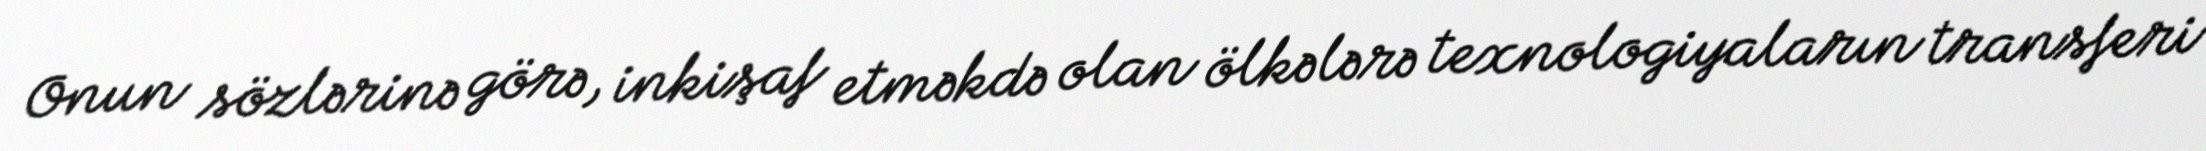
Onun sözlərinə görə, inkişaf etməkdə olan ölkələrə texnologiyaların transferi